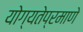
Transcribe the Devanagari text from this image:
योग्यतेप्रमाणे